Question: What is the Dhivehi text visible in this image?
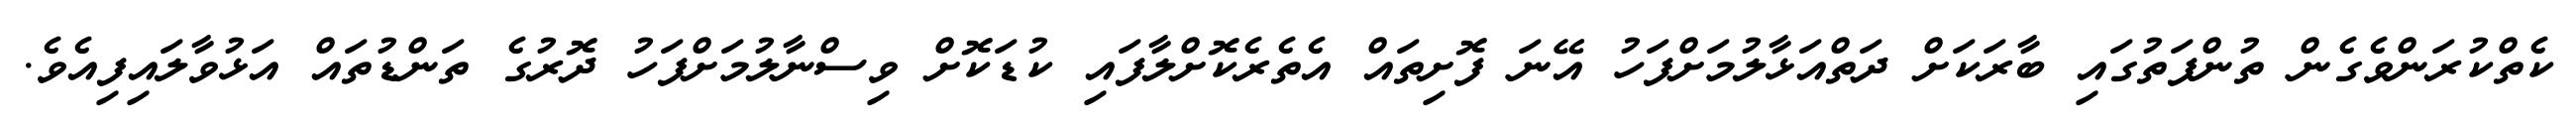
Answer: ކެތްކުރަންވެގެން ތުންފަތުގައި ބާރަކަށް ދަތްއަޅާލުމަށްފަހު އޭނަ ފޮށިތައް އެތެރެކޮށްލާފައި ކުޑަކޮށް ވިސްނާލުމަށްފަހު ދޮރުގެ ތަންޑުތައް އަޅުވާލައިފިއެވެ.